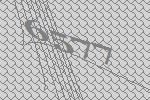
6577